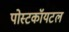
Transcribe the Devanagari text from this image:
पोस्टकॉयटल